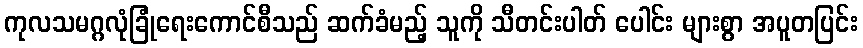
ကုလသမဂ္ဂလုံခြုံရေးကောင်စီသည် ဆက်ခံမည့် သူကို သီတင်းပါတ် ပေါင်း များစွာ အပူတပြင်း